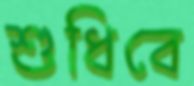
শুধিবে